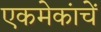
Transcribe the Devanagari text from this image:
एकमेकांचें